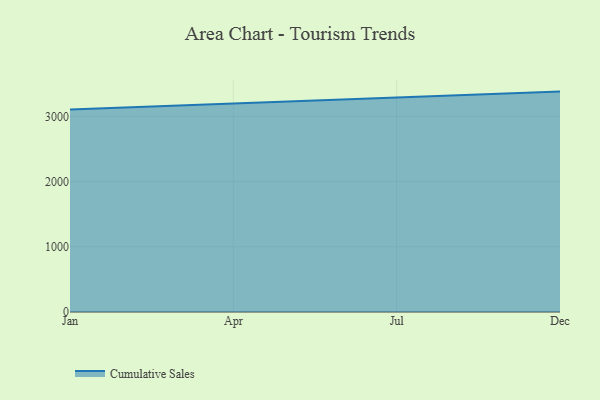
{"axis": {"x": "Month", "y": "Customer Acquisition Cost (USD)"}, "legend": ["Cumulative Sales"], "data": [{"x": "Jan", "y": 3104.3, "type": "Cumulative Sales"}, {"x": "Apr", "y": 3199.8, "type": "Cumulative Sales"}, {"x": "Jul", "y": 3284.6, "type": "Cumulative Sales"}, {"x": "Dec", "y": 3380.5, "type": "Cumulative Sales"}]}